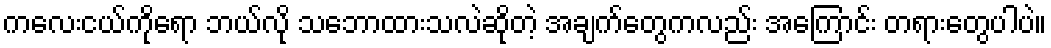
ကလေးငယ်ကိုရော ဘယ်လို သဘောထားသလဲဆိုတဲ့ အချက်တွေကလည်း အကြောင်း တရားတွေပါပဲ။